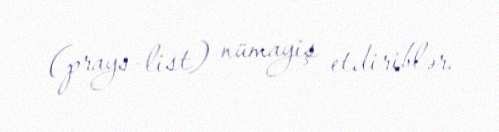
(prays-list) nümayiş etdiriblər.